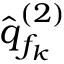
\hat { \boldsymbol q } _ { f _ { k } } ^ { ( 2 ) }